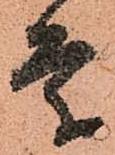
条